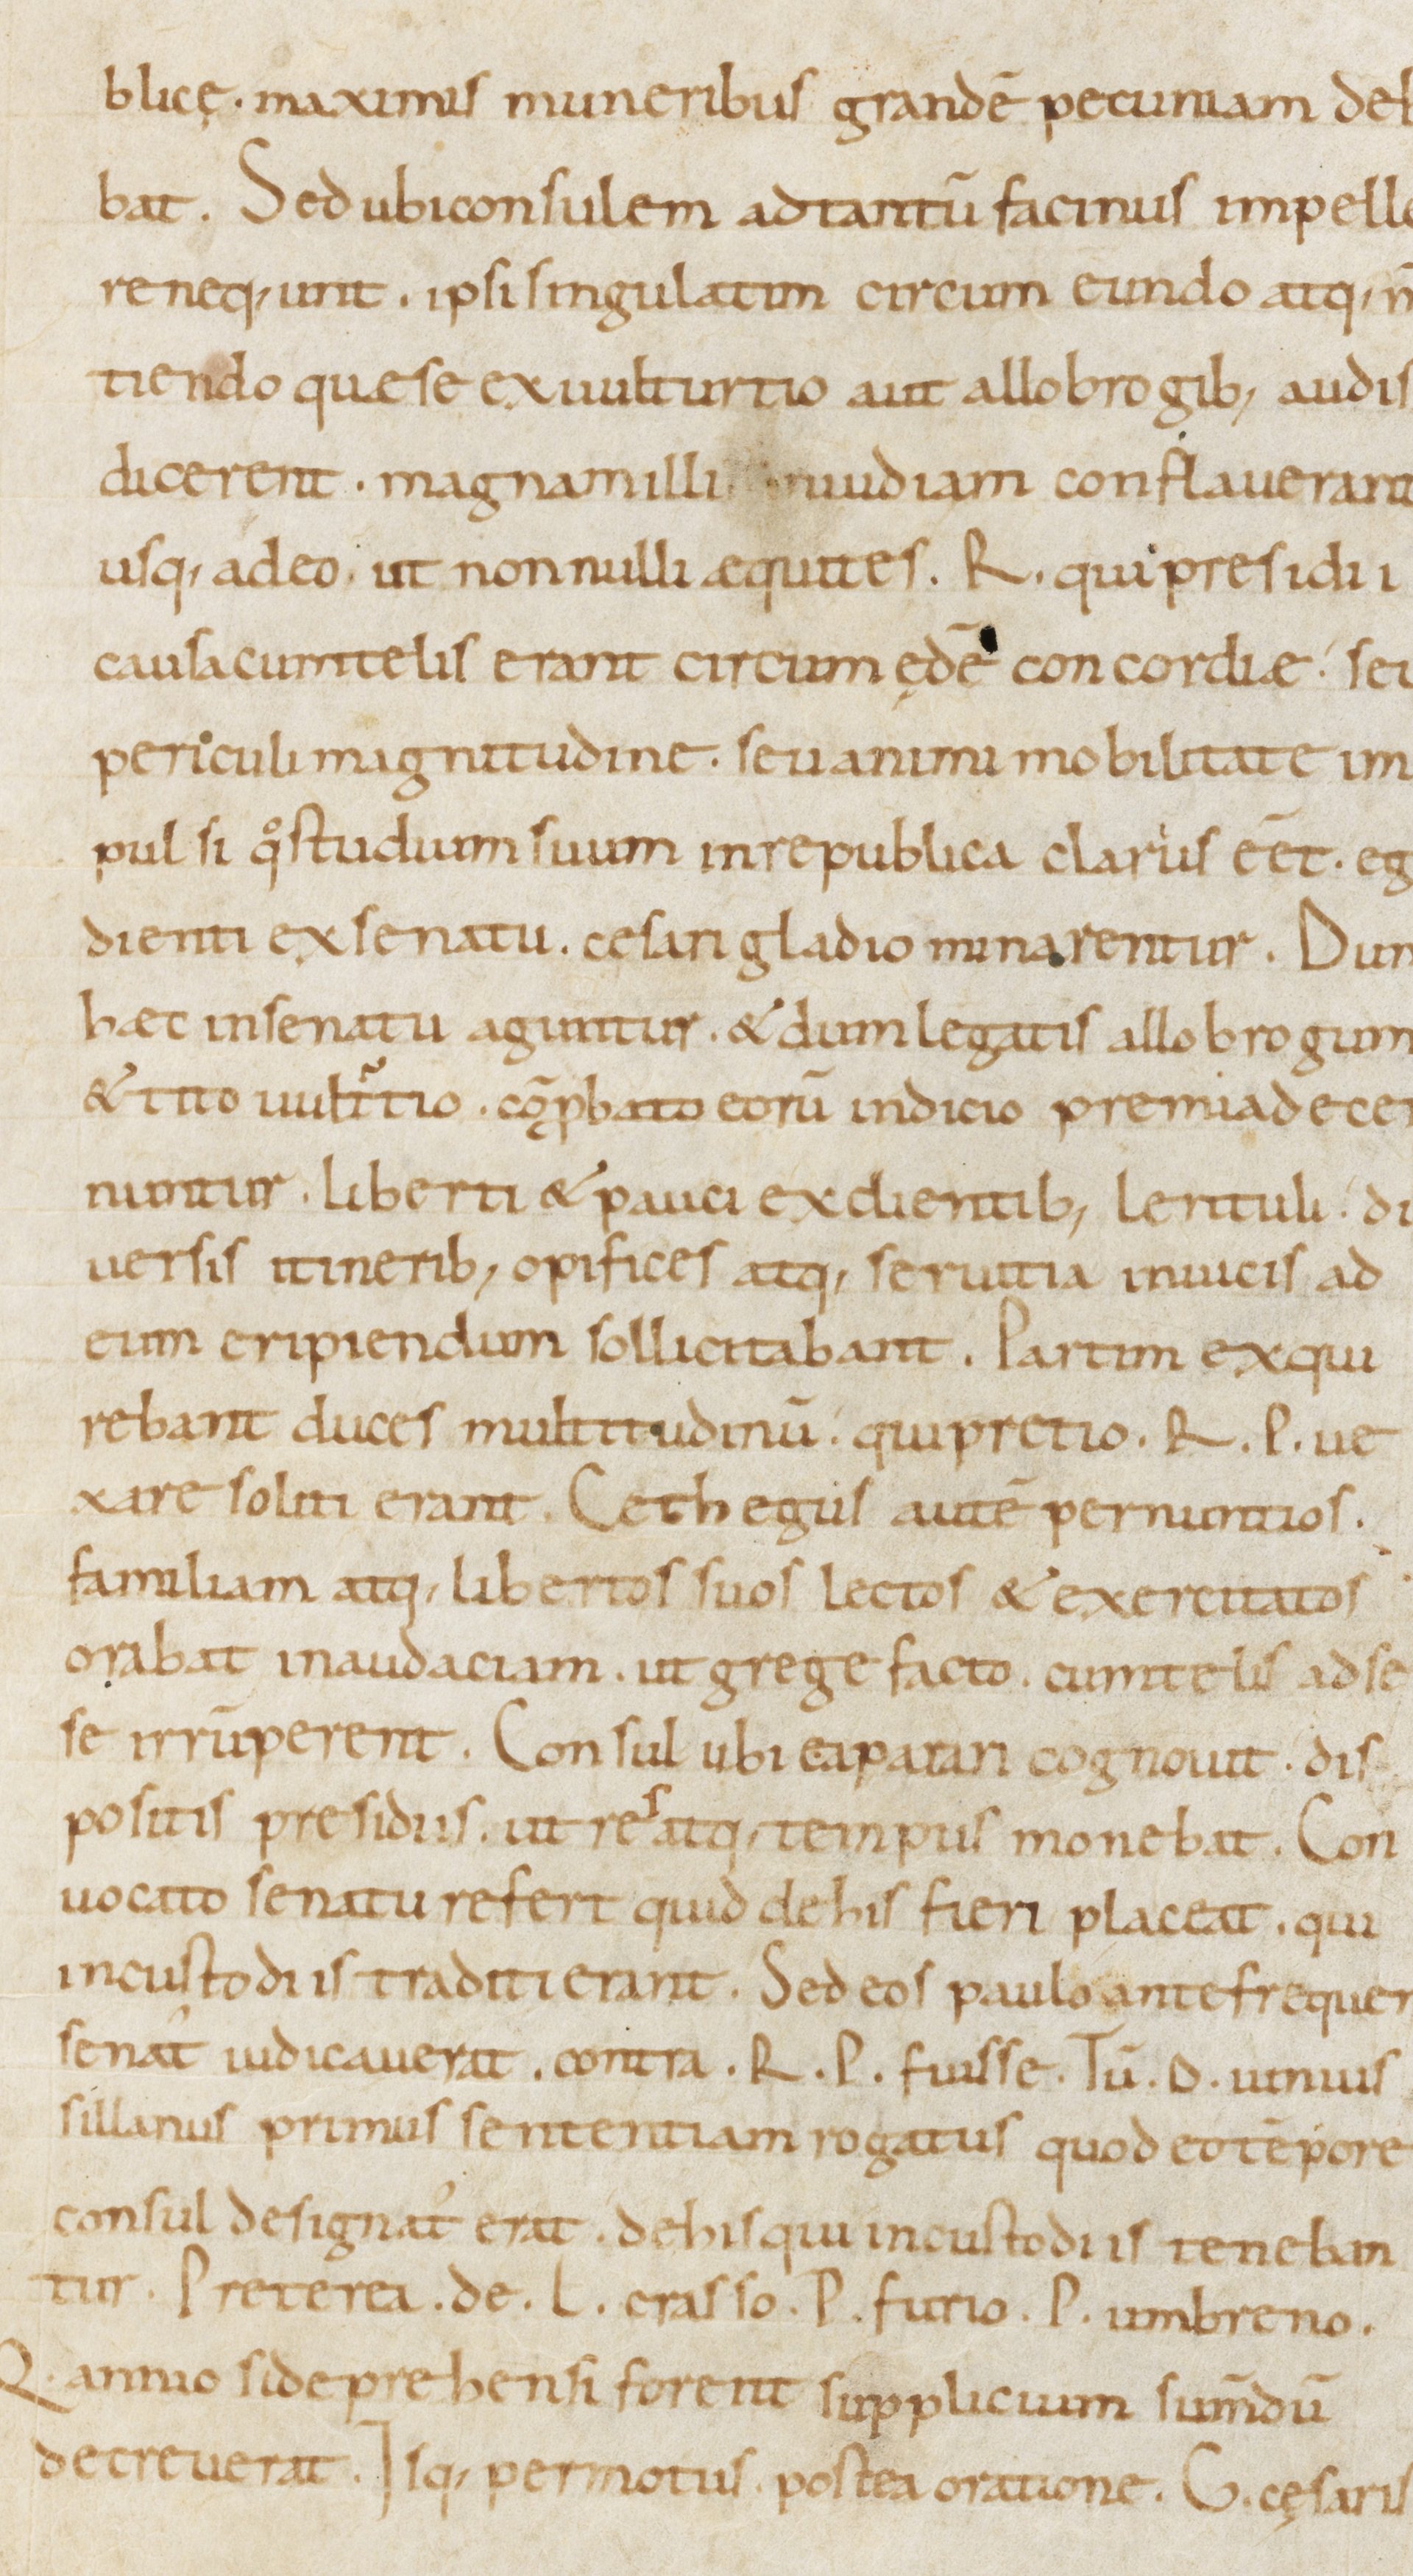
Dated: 1000–1099